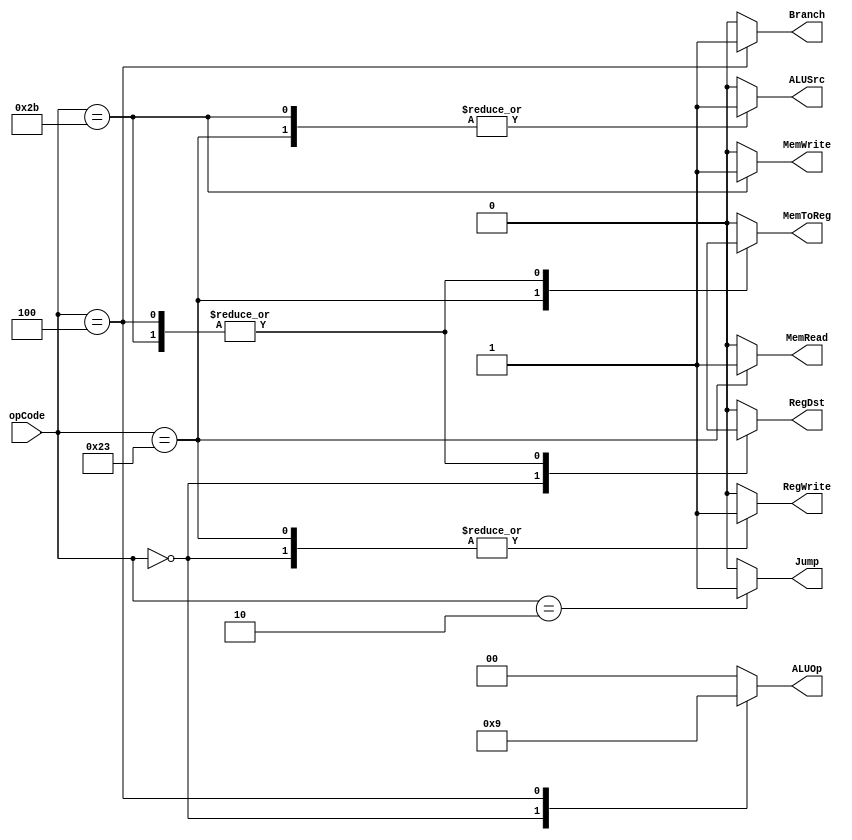
`timescale 1ns / 1ps
//////////////////////////////////////////////////////////////////////////////////
// Company: 
// Engineer: 
// 
// Design Name: 
// Module Name: Ctr
// Project Name: 
// Target Devices: 
// Tool Versions: 
// Description: 
// 
// Dependencies: 
// 
// Revision:
// Revision 0.01 - File Created
// Additional Comments:
// 
//////////////////////////////////////////////////////////////////////////////////


module Ctr(
    input [5:0] opCode,
    output reg RegDst,
    output reg ALUSrc,
    output reg MemToReg,
    output reg RegWrite,
    output reg MemRead,
    output reg MemWrite,
    output reg Branch,
    output reg [1:0] ALUOp,
    output reg Jump
    );
   
  
    always @(opCode)
    begin
        case(opCode)
        6'b000000: //R type
        begin
            RegDst = 1;
            ALUSrc = 0;
            MemToReg = 0;
            RegWrite = 1;
            MemRead = 0;
            MemWrite = 0;
            Branch = 0;
            ALUOp = 2'b10;
            Jump = 0;
        end
        
        
        6'b100011: //lw
        begin
            RegDst = 0;
            ALUSrc = 1;
            MemToReg = 1;
            RegWrite = 1;
            MemRead = 1;
            MemWrite = 0;
            Branch = 0;
            ALUOp = 2'b00;
            Jump = 0;
        end
        
        6'b101011: //sw
        begin
            RegDst = 1'bx;
            ALUSrc = 1;
            MemToReg = 1'bx;
            RegWrite = 0;
            MemRead = 0;
            MemWrite = 1;
            Branch = 0;
            ALUOp = 2'b00;
            Jump = 0;
        end
        
        6'b000100: //beq
        begin
            RegDst = 1'bx;
            ALUSrc = 0;
            MemToReg = 1'bx;
            RegWrite = 0;
            MemRead = 0;
            MemWrite = 0;
            Branch = 1;
            ALUOp = 2'b01;
            Jump = 0;
        end
        
        6'b000010: //jmp
        begin
            RegDst = 0;
            ALUSrc = 0;
            MemToReg = 0;
            RegWrite = 0;
            MemRead = 0;
            MemWrite = 0;
            Branch = 0;
            ALUOp = 2'b00;
            Jump = 1;
        end
        
        default:
        begin
            RegDst = 0;
            ALUSrc = 0;
            MemToReg = 0;
            RegWrite = 0;
            MemRead = 0;
            MemWrite = 0;
            Branch = 0;
            ALUOp = 2'b00;
            Jump = 0;
        end
    endcase   
    end
endmodule